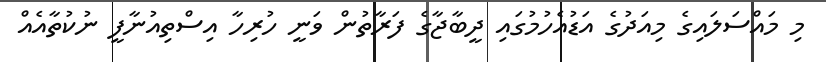
މި މައްސަލައިގެ މިއަދުގެ އަޑުއެހުމުގައި ދީބާޖާގެ ފަރާތުން ވަނީ ހުރިހާ އިސްތިއުނާފީ ނުކުތާއެއް